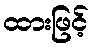
ထားဖြင့်